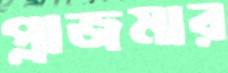
প্লাজমার